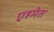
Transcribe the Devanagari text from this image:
एहमेत